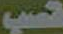
قصب